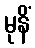
မုနိံ